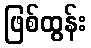
ဖြစ်ထွန်း